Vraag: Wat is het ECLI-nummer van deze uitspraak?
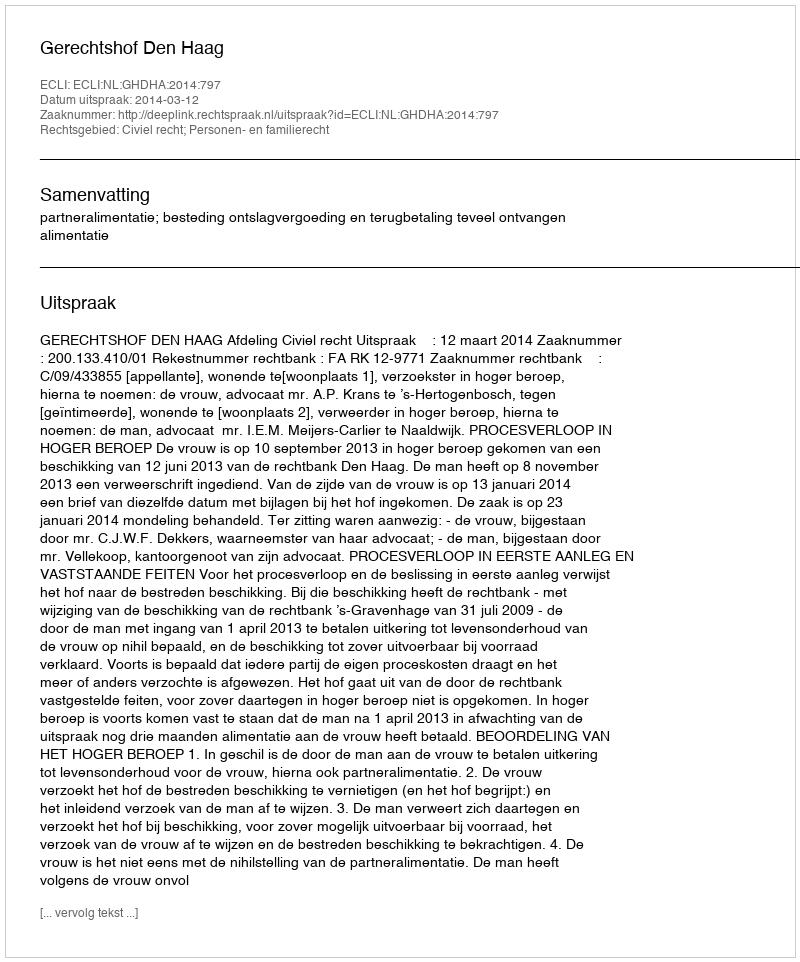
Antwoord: ECLI:NL:GHDHA:2014:797